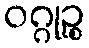
ဝဂ္ဂုဉ္စ